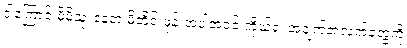
ဒါကြောင့် မိမိသုံးနေတဲ့ မိုဘိုင်းဖုန်းအပါအဝင် ကိုယ့်ရဲ့ အချက်အလက်တွေကို